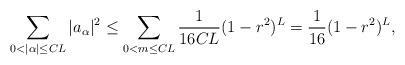
LaTeX: \begin{align*}\sum_{0<|\alpha|\leq CL}|a_{\alpha}|^2\leq \sum_{0<m\leq CL}\frac{1}{16CL}(1-r^2)^{L}=\frac{1}{16}(1-r^2)^{L},\end{align*}